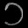
Digit: ၁